Indian journal of veterinary science and animal husbandry - Volumes 24-25, 1954-1955
Year: 1954
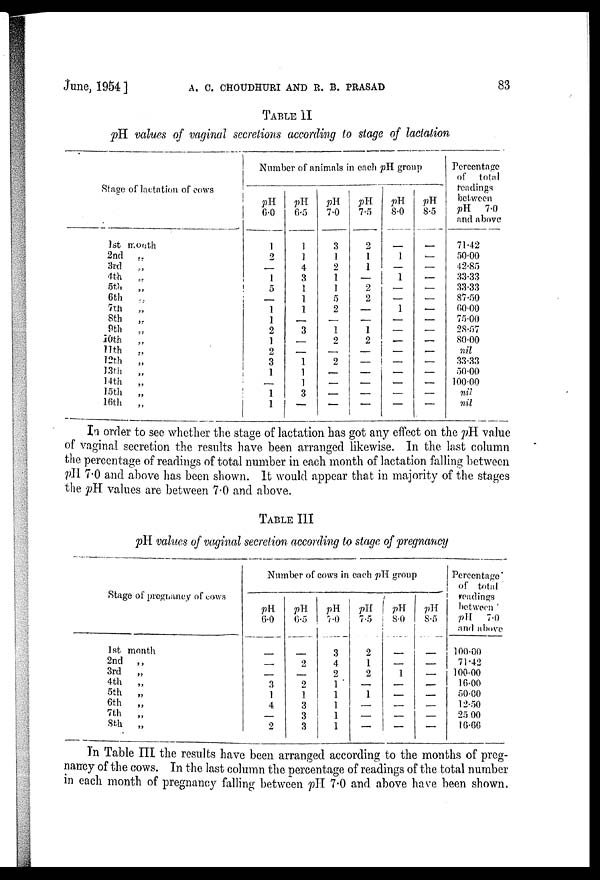
June, 1954 ] A. C. CHOUDHTJRI AND R. B. PRASAD 83
TABLE II
pH values of vaginal secretions according to stage of lactation
Stage of lactation of cows
1st month
2nd
„
3rd
„
4th „
5th„
6th
„
7th
8th
„
9th „
10th „
11th
„
12th
„
13th
„
14th
„
15th
„
16th
„
Number of animals in each pH group
pH
6.0
1
2
—
1
5
—
1
1
2
1
2
3
1
—
1
1
pH
6.5
1
1
4
3
1
1
1
—
3
—
—
1
1
1
3
—
pH
7.0
3
1
2
1
1
5
2
—
1
2
—
2
—
—
—
—
pH
7.5
2
1
1
—
2
2
—
—
1
2
—
—
—
—
—
—
pH
8.0
—
1
—
1
—
—
1
—
—
—
—
—
—
—
—
—
pH
8.5
—
—
—
—
—
—
—
—
—
—
—
—
—
—
—
—
Percentage
of total
readings
between pH 7.0
and above
71.42
50.00
42.85
33.33
33.33
87.50
60.00
75.00
28.57
80.00
nil
33.33
50.00
100.00
nil
nil
In order to see whether the stage of lactation has got any effect on the pH value
of vaginal secretion the results have been arranged likewise. In the last column
the percentage of readings of total number in each month of lactation falling between
pH 7.0 and above has been shown. It would appear that in majority of the stages
the pH values are between 7.0 and above.TABLE III
pH values of vaginal secretion according to stage of pregnancy
Stage of pregnancy of cows
1st month
2nd
„
3rd
„
4th
„
5th
„
6th
„
7th
„
8th
„
Number of cows in each pH group
pH
6.0
—
—
—
3
1
4
—
2
pH
6.5
—
2
—
2
1
3
3
3
pH
7.0
3
4
2
1
1
1
1
1
pH
7.5
2
1
2
—
1
—
—
—
pH
8.0
—
—
1
—
—
—
—
—
pH
8.5
—
—
—
—
—
—
—
—
Percentage
of total
readings
between pH 7.0
and above
100.00
71.42
100.00
16.00
50.00
12.50
25 00
16.66
In Table III the results have been arranged according to the months of preg-
nancy of the cows. In the last column the percentage of readings of the total number
in each month of pregnancy falling between pH 7.0 and above have been shown.